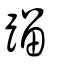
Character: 蹓